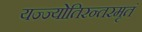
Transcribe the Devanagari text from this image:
यज्ज्योतिरन्तरमृतं